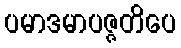
ပမာဒမာပဇ္ဇတိပေ